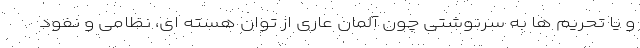
و یا تحریم ها به سرنوشتی چون آلمان عاری از توان هسته ای، نظامی و نفود